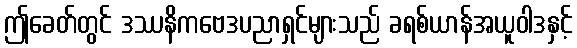
ဤခေတ်တွင် ဒဿနိကဗေဒပညာရှင်များသည် ခရစ်ယာန်အယူဝါဒနှင့်